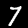
Label: 7